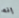
إنه